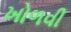
ખોળવી